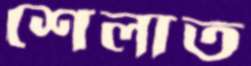
শেলাত